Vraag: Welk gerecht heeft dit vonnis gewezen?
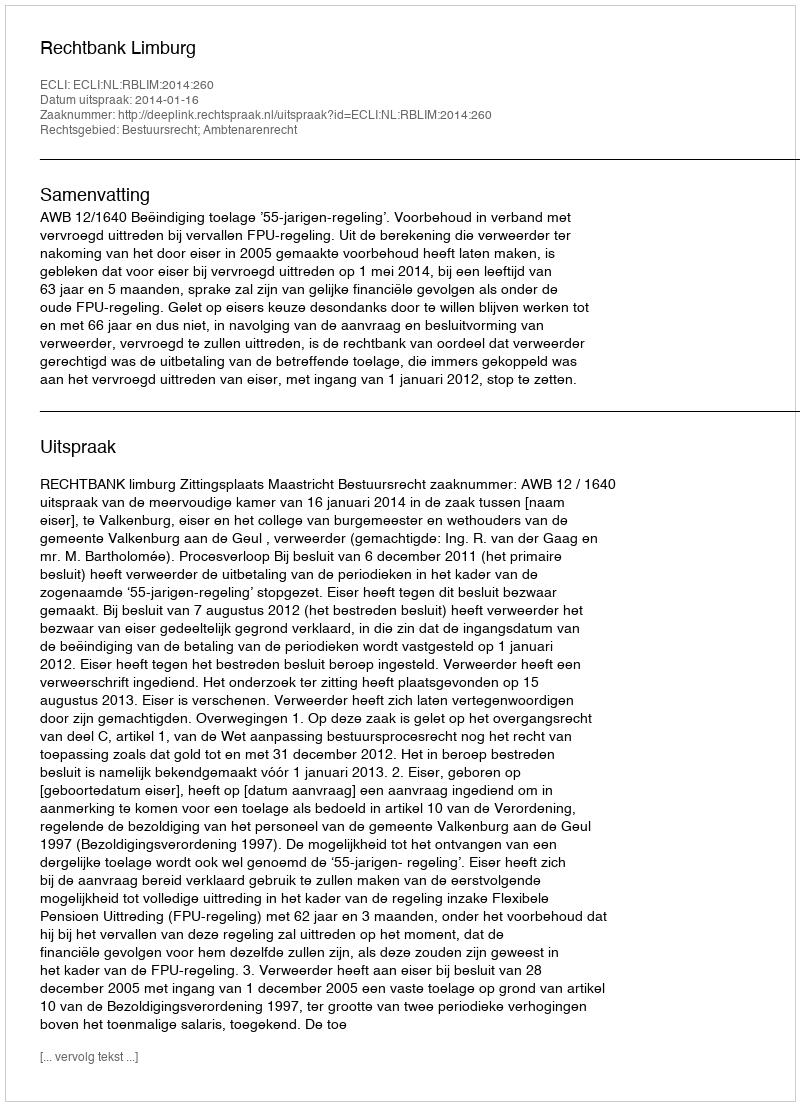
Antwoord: Rechtbank Limburg